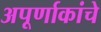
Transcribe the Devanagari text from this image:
अपूर्णाकांचे